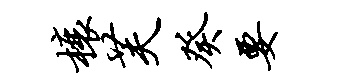
榱芙癸要